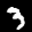
Label: 3